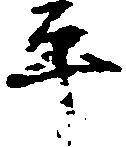
平